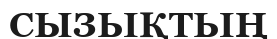
СЫЗЬІҚТЬІҢ